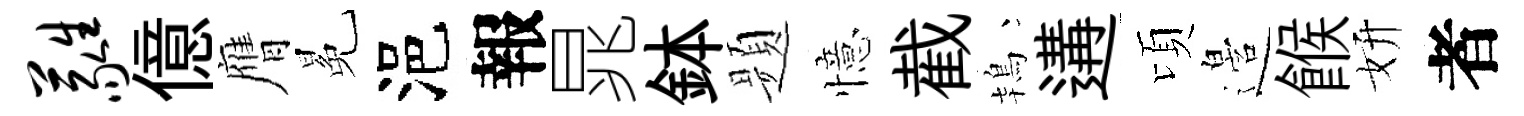
蕤億膺冕浥報晁鉢题憶截鴇遘頃邉餱妍者